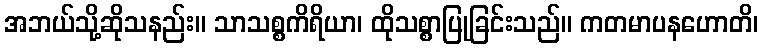
အဘယ်သို့ဆိုသနည်း။ သာသစ္စကိရိယာ၊ ထိုသစ္စာပြုခြင်းသည်။ ကတမာပနဟောတိ၊